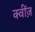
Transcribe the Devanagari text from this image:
क्वींज़